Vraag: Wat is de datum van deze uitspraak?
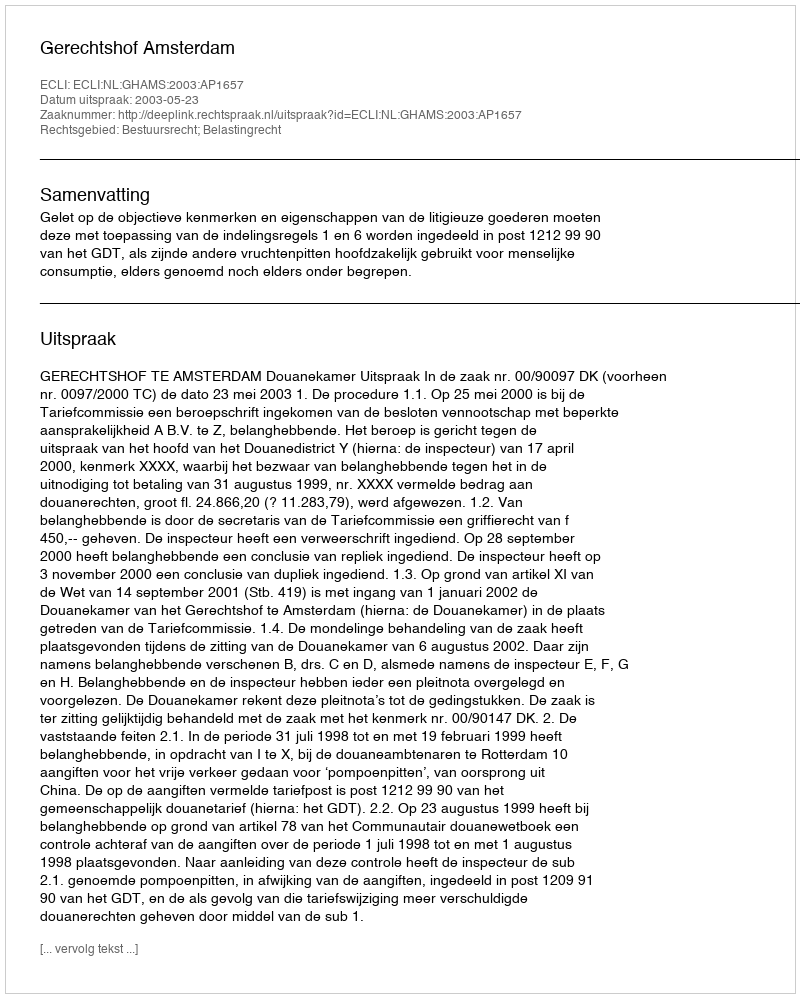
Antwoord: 2003-05-23